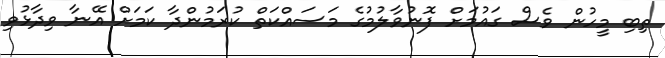
ތިބި މީހުން ވެސް ގައުމަށް ފޮނުވާލުމުގެ މަސައްކަތް ކުރަމުންދާ ކަމަށް އޭނާ ވިދާޅުވި